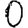
Digit: 0